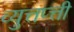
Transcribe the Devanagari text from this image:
व्युत्तप्त्ती